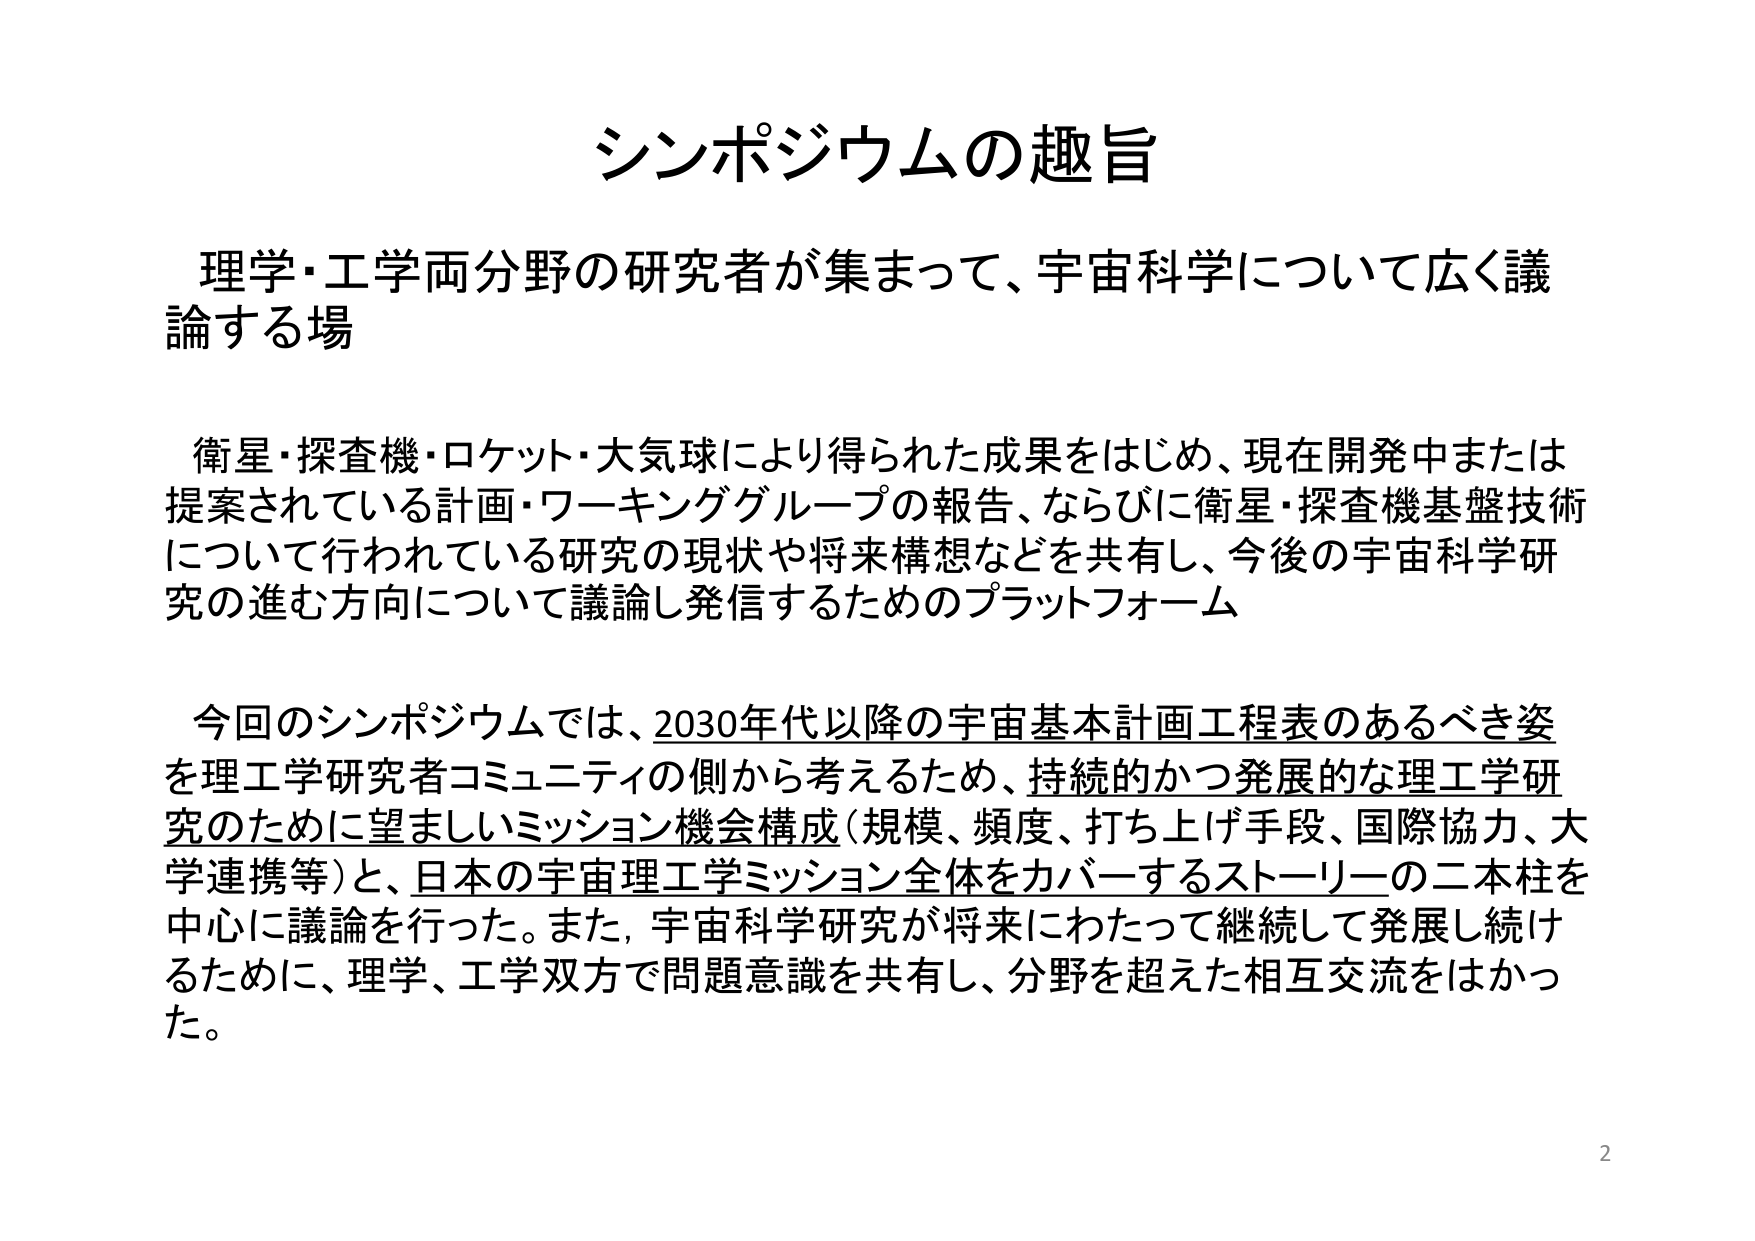
シンポジウムの趣旨

理学・工学両分野の研究者が集まって、宇宙科学について広く議論する場

衛星・探査機・ロケット・大気球により得られた成果をはじめ、現在開発中または提案されている計画・ワーキンググループの報告、ならびに衛星・探査機基盤技術について行われている研究の現状や将来構想などを共有し、今後の宇宙科学研究の進む方向について議論し発信するためのプラットフォーム

今回のシンポジウムでは、2030年代以降の宇宙基本計画工程表のあるべき姿を理工学研究者コミュニティの側から考えるため、持続的かつ発展的な理工学研究のために望ましいミッション機会構成（規模、頻度、打ち上げ手段、国際協力、大学連携等）と、日本の宇宙理工学ミッション全体をカバーするストーリーの二本柱を中心に議論を行った。また、宇宙科学研究が将来にわたって継続して発展し続けるために、理学、工学双方で問題意識を共有し、分野を超えた相互交流をはかった。

2